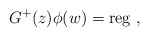
\begin{align*}G^+(z) \phi(w) ={\rm reg} ~,\end{align*}